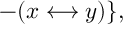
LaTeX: - ( x \longleftrightarrow y ) \} ,